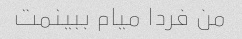
من فردا میام ببینمت